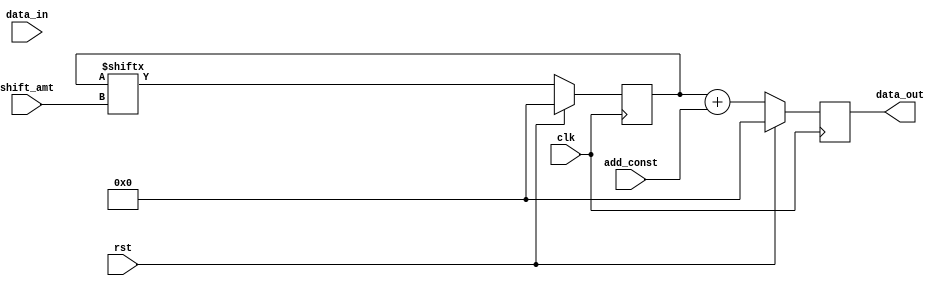
module ShiftAndAddRegister (
    input wire clk,            // Clock input
    input wire rst,            // Reset input
    input wire [7:0] data_in,  // Input data
    input wire [3:0] shift_amt, // Number of positions to shift
    input wire [7:0] add_const, // Constant value to add
    output reg [7:0] data_out   // Output data
);

reg [7:0] shift_reg; // Shift register for shifting input data
reg [7:0] add_reg;   // Register for adding constant value

always @(posedge clk) begin
    if (rst) begin
        shift_reg <= 8'b0;
        add_reg <= 8'b0;
    end else begin
        // Shift input data to the left by specified amount
        shift_reg <= {data_in, shift_reg[7:shift_amt]};
        
        // Add constant value to shift_reg
        add_reg <= shift_reg + add_const;
    end
end

assign data_out = add_reg;

endmodule